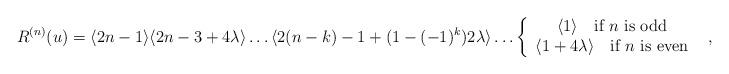
LaTeX: \begin{align*}R^{(n)}(u)=\langle 2n-1\rangle \langle 2n-3+4\lambda \rangle \dots \langle 2(n-k)-1+(1-(-1)^{k})2\lambda \rangle \dots \left\{ \begin{array}{c}\langle 1\rangle \quad \textrm{if }n\textrm{ is odd}\\\langle 1+4\lambda \rangle \quad \textrm{if }n\textrm{ is even}\end{array}\right. \, \, \, ,\end{align*}